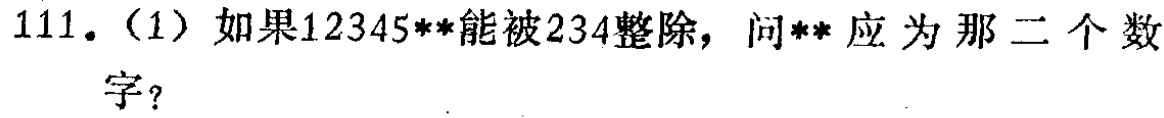
111.（1）如果12345**能被234整除，问**应为那二个数字？